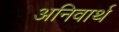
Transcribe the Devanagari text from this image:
अनिवार्थ